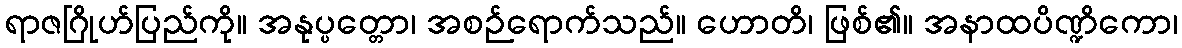
ရာဇဂြိုဟ်ပြည်ကို။ အနုပ္ပတ္တော၊ အစဉ်ရောက်သည်။ ဟောတိ၊ ဖြစ်၏။ အနာထပိဏ္ဍိကော၊